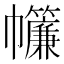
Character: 𢆁